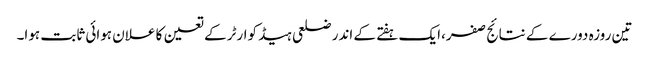
تین روزہ دورے کے نتائج صفر،ایک ہفتے کے اندر ضلعی ہیڈ کوارٹر کے تعین کا علان ہوائی ثابت ہوا۔